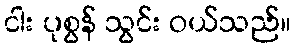
ငါး ပုစွန် သွင်း ဝယ်သည်။